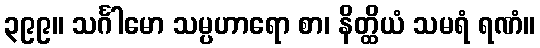
၃၉၉။ သင်္ဂါမော သမ္ပဟာရော စာ၊ နိတ္ထိယံ သမရံ ရဏံ။